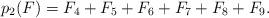
LaTeX: \begin{align*}p_2(F)=F_4+F_5+F_6+F_7+F_8+F_9.\end{align*}